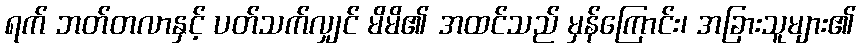
ရက် ဘတ်တလာနှင့် ပတ်သက်လျှင် မိမိ၏ အထင်သည် မှန်ကြောင်း၊ အခြားသူများ၏